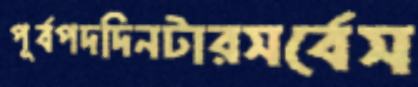
পূর্বপদদিনটারসর্বেস